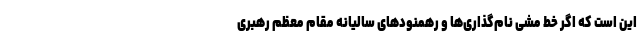
این است که اگر خط مشی نام‌گذاری‌ها و رهمنودهای سالیانه مقام معظم رهبری